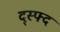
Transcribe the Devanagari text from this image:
द्स्फ्द